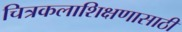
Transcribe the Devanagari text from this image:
चित्रकलाशिक्षणासाठी